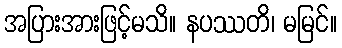
အပြားအားဖြင့်မသိ။ နပဿတိ၊ မမြင်။